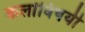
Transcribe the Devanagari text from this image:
कलांविषयी